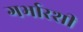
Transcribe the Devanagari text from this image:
गर्भारशी